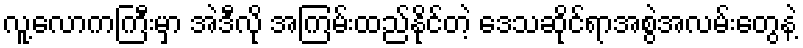
လူ့လောကကြီးမှာ အဲဒီလို အကြမ်းထည်နိုင်တဲ့ ဒေသဆိုင်ရာအစွဲအလမ်းတွေနဲ့